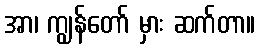
အာ၊ ကျွန်တော် မှား ဆက်တာ။